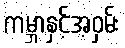
ကမ္ဘာနှင့်အဝှမ်း